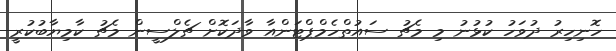
ހޮނިހިރު ދުވަހު ކުޅުނު މި މެޗު ސައުތްހެމްޕްޓަންއާ ވާދަކޮށް ޗެލްސީން މެޗު ކާމިޔާބުކުރީ